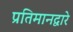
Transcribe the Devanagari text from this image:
प्रतिमानद्वारे